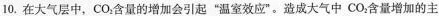
10.在大气层中，CO_{2}含量的增加会引起”温室效应”。造成大气中CO_{2}含量增加的主